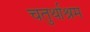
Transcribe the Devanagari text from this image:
चतुर्थाश्रम